65_HS1-834228961_62-HQ-83894_Serial_130
Agency: FBI
Page 18
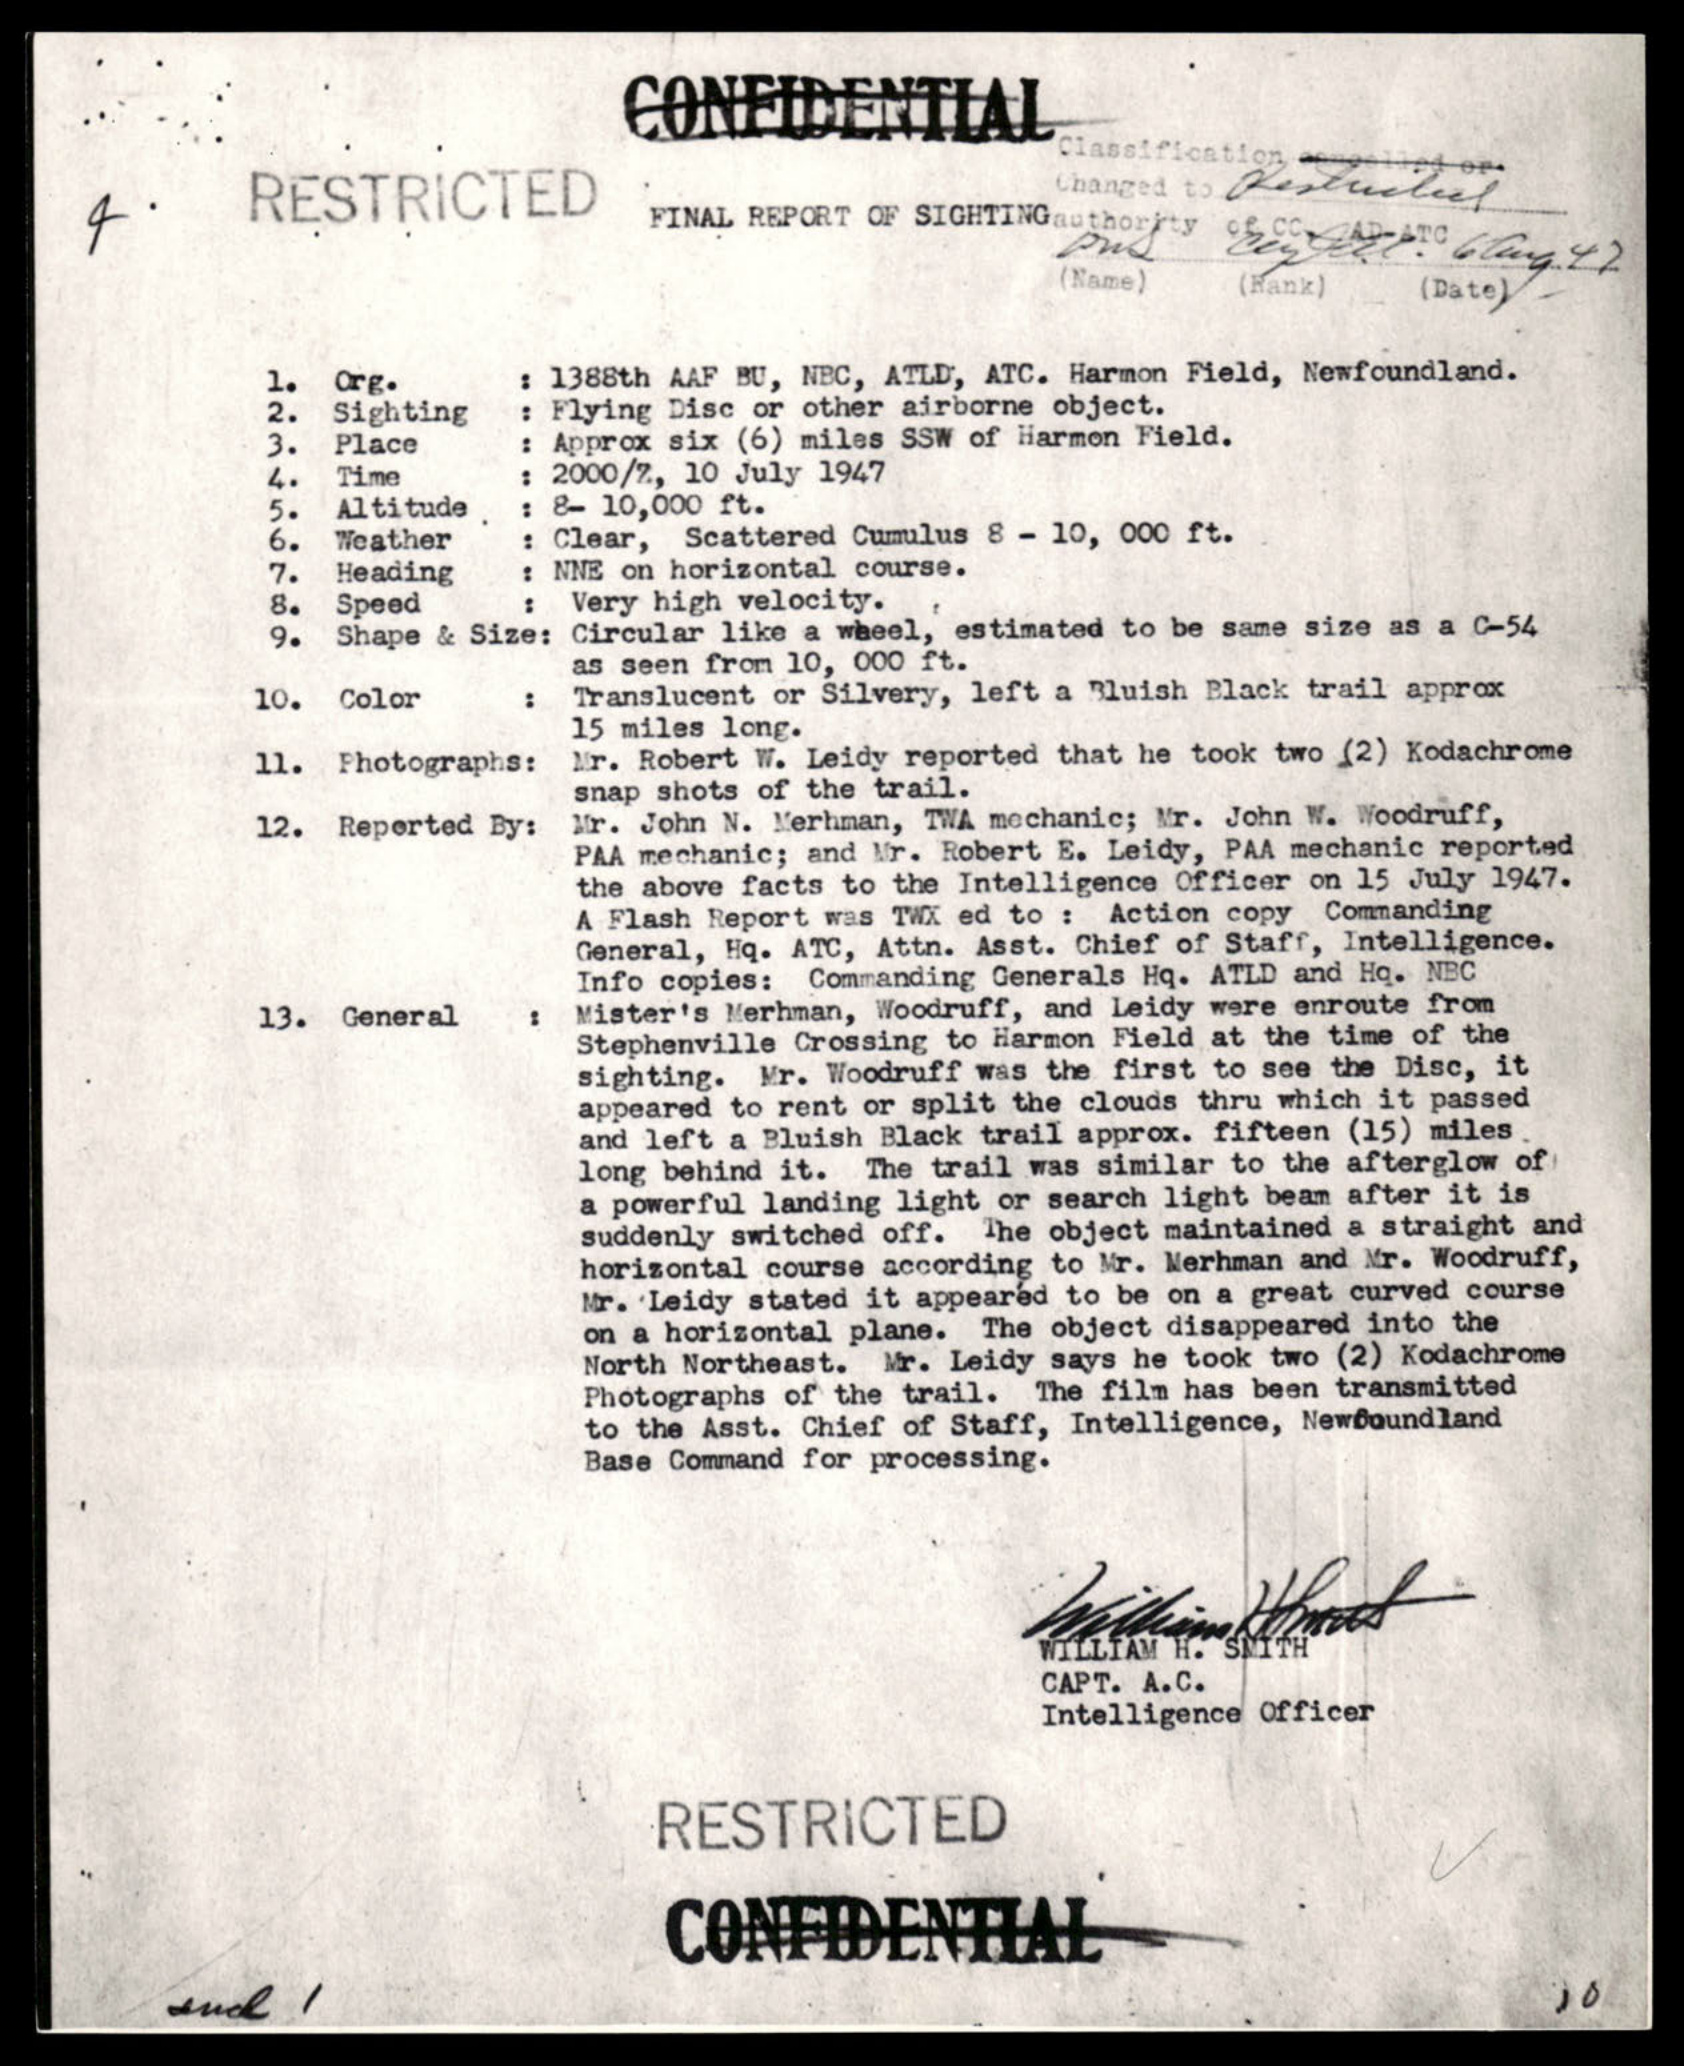